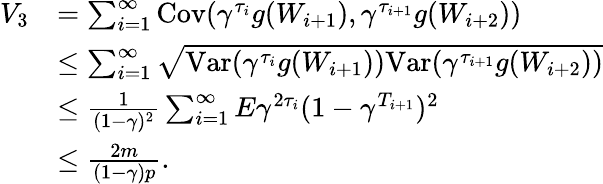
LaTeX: \begin{array}{rl}{V_{3}}&{=\sum_{i=1}^{\infty}\mathrm{Cov}(\gamma^{\tau_{i}}g(W_{i+1}),\gamma^{\tau_{i+1}}g(W_{i+2}))}\\ &{\leq\sum_{i=1}^{\infty}\sqrt{\mathrm{Var}(\gamma^{\tau_{i}}g(W_{i+1}))\mathrm{Var}(\gamma^{\tau_{i+1}}g(W_{i+2}))}}\\ &{\leq\frac{1}{(1-\gamma)^{2}}\sum_{i=1}^{\infty}E\gamma^{2\tau_{i}}(1-\gamma^{T_{i+1}})^{2}}\\ &{\leq\frac{2m}{(1-\gamma)p}.}\end{array}